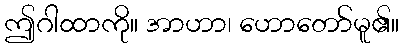
ဤဂါထာကို။ အာဟာ၊ ဟောတော်မူ၏။